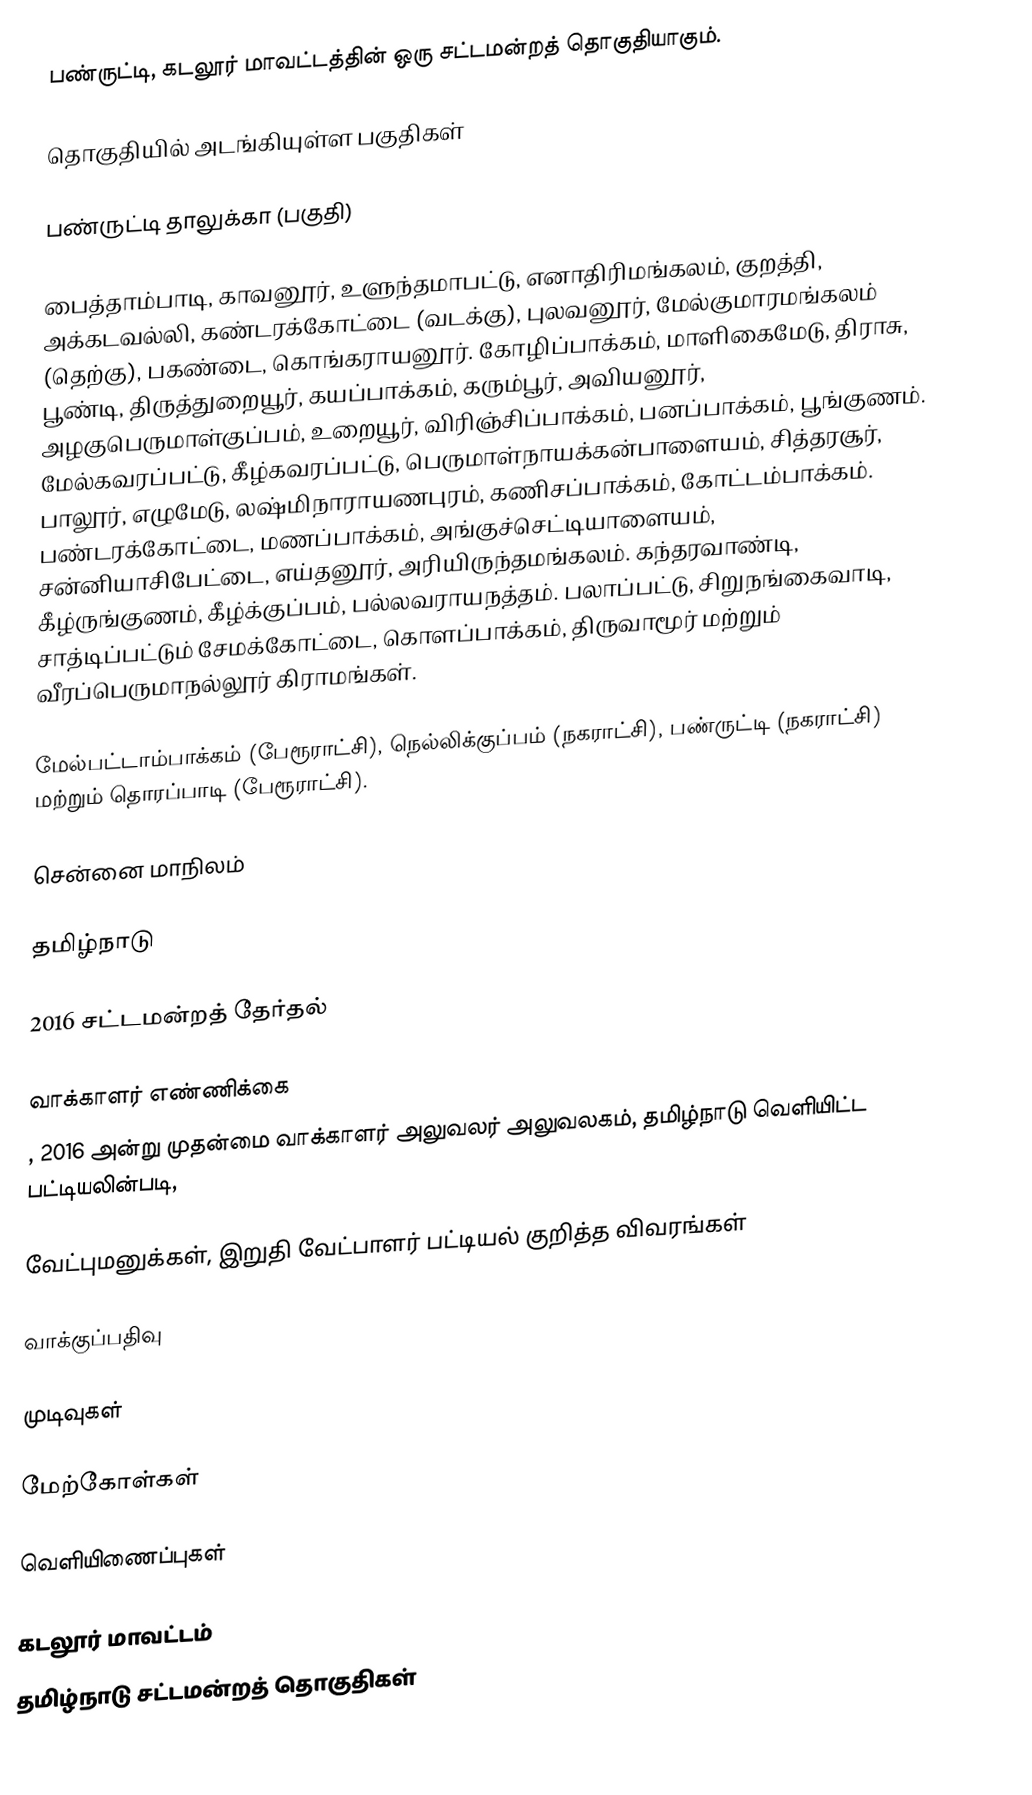
பண்ருட்டி, கடலூர் மாவட்டத்தின் ஒரு சட்டமன்றத் தொகுதியாகும்.

தொகுதியில் அடங்கியுள்ள பகுதிகள்

பண்ருட்டி தாலுக்கா (பகுதி)

பைத்தாம்பாடி, காவனூர், உளுந்தமாபட்டு, எனாதிரிமங்கலம், குறத்தி, அக்கடவல்லி, கண்டரக்கோட்டை (வடக்கு), புலவனூர், மேல்குமாரமங்கலம் (தெற்கு), பகண்டை, கொங்கராயனூர். கோழிப்பாக்கம், மாளிகைமேடு, திராசு, பூண்டி, திருத்துறையூர், கயப்பாக்கம், கரும்பூர், அவியனூர், அழகுபெருமாள்குப்பம், உறையூர், விரிஞ்சிப்பாக்கம், பனப்பாக்கம், பூங்குணம். மேல்கவரப்பட்டு, கீழ்கவரப்பட்டு, பெருமாள்நாயக்கன்பாளையம், சித்தரசூர், பாலூர், எழுமேடு, லஷ்மிநாராயணபுரம், கணிசப்பாக்கம், கோட்டம்பாக்கம். பண்டரக்கோட்டை, மணப்பாக்கம், அங்குச்செட்டியாளையம், சன்னியாசிபேட்டை, எய்தனூர், அரியிருந்தமங்கலம். கந்தரவாண்டி, கீழ்ருங்குணம், கீழ்க்குப்பம், பல்லவராயநத்தம். பலாப்பட்டு, சிறுநங்கைவாடி, சாத்டிப்பட்டும் சேமக்கோட்டை, கொளப்பாக்கம், திருவாமூர் மற்றும் வீரப்பெருமாநல்லூர் கிராமங்கள்.

மேல்பட்டாம்பாக்கம் (பேரூராட்சி), நெல்லிக்குப்பம் (நகராட்சி), பண்ருட்டி (நகராட்சி) மற்றும் தொரப்பாடி (பேரூராட்சி).

சென்னை மாநிலம்

தமிழ்நாடு

2016 சட்டமன்றத் தேர்தல்

வாக்காளர் எண்ணிக்கை
, 2016 அன்று முதன்மை வாக்காளர் அலுவலர் அலுவலகம், தமிழ்நாடு வெளியிட்ட பட்டியலின்படி,

வேட்புமனுக்கள், இறுதி வேட்பாளர் பட்டியல் குறித்த விவரங்கள்

வாக்குப்பதிவு

முடிவுகள்

மேற்கோள்கள்

வெளியிணைப்புகள்

கடலூர் மாவட்டம்
தமிழ்நாடு சட்டமன்றத் தொகுதிகள்